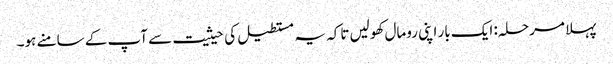
پہلا مرحلہ: ایک بار اپنی رومال کھولیں تاکہ یہ مستطیل کی حیثیت سے آپ کے سامنے ہو۔